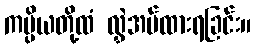
ကပ္ပိယတို့ထံ လွှဲအပ်ထားရခြင်း။